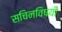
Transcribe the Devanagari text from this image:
सचिनविषयी